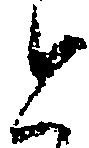
と